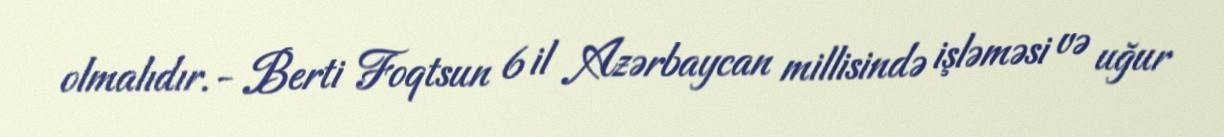
olmalıdır.- Berti Foqtsun 6 il Azərbaycan millisində işləməsi və uğur